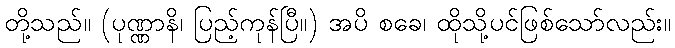
တို့သည်။ (ပုဏ္ဏာနိ၊ ပြည့်ကုန်ပြီ။) အပိ စခေ၊ ထိုသို့ပင်ဖြစ်သော်လည်း။